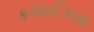
કસાઈકામ